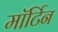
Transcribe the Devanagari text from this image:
मॉर्टिन